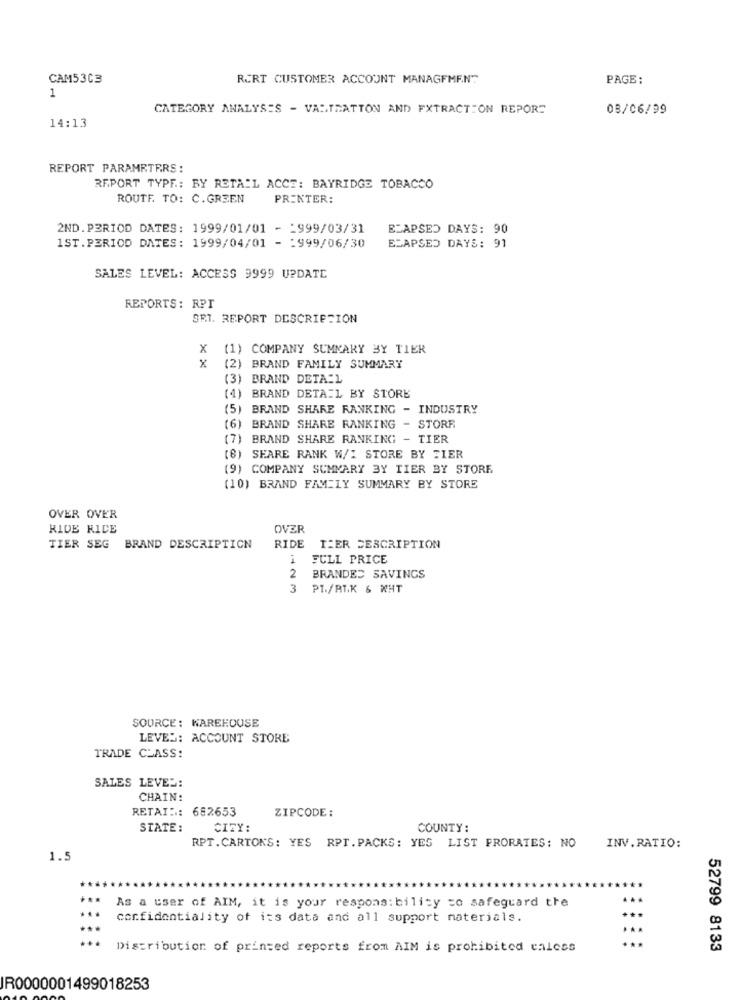
CAM53C3
RERT CUSTOMER ACCOUNT MANAGEMENT
PAGE:
1
CATEGORY ANALYSIS - VASTRATTON AND EXTRACTION REPORT
08/06/99
14:13
REPORT PARAMETERS:
REPORT TYPF .: RY RETAIL ACCE: BAYRIDGE TOBACCO
ROUTE. TO: C.GREEN
PRINTER:
2ND.PERIOD DATES: 1999/01/01 - _ 999/03/31
ELAPSED DAYS: 90
1ST.PERIOD DATES: 1999/04/01 - : 999/06/30
ELAPSED DAYS: 91
SALES LEVEL: ACCESS 9999 UPDATE
REPORTS: RPI
SET. REPORT DESCRIPTION
X
(1) COMPANY SUMMARY BY TIER
x
(2) BRAND FAMILY SUMMARY
(3) BRAND DETA:L
(4) BRAND DETAIL BY STORE
(5) BRAND SHARE RANKING - INDUSTRY
(6) BRAND SHARE RANKING - STORR
(7) BRAND SHARE RANKING - TIER
(8) SEARE RANK W/I STORE BY TIER
(9) COMPANY SUMMARY BY TIER BY STORE
(10) BRAND FAMILY SUMMARY BY STORE
OVER OVER
RIDE RICE
OVER
TIER SEG BRAND DESCRIPTION
RIDE TZER DESCRIPTION
1
FULL PRICE
2
BRANDED SAVINGS
3
PT./RIK & WHT
SOURCE: WAREHOUSE
LEVEL: ACCOUNT STORE
TRADE CLASS:
SALES LEVES:
CHAIN:
RETAIN: 682653
ZIPCODE:
STATE:
CITY:
COUNTY:
RPT.CARTONS: YES RPT. PACKS: YES LIST PRORATES: NO
INV. RATIO:
1.5
***
As a user of AIM, it is your responsibility to safeguard the
...
confidentiality of its data and all support materials.
...
Distribution of printed reports from AIM is prohibited calcss
52799 8133
R0000001499018253